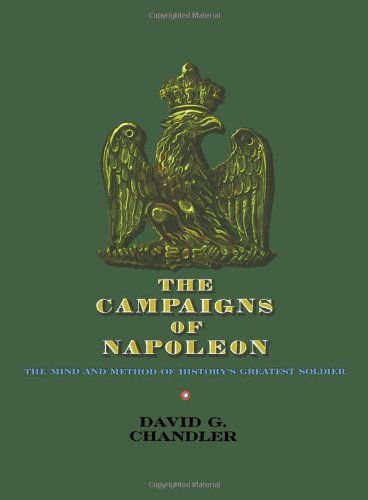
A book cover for The Campaigns of Napoleon; David G. Chandler; History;